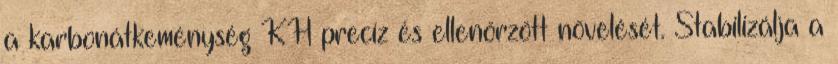
a karbonátkeménység KH precíz és ellenőrzött növelését. Stabilizálja a